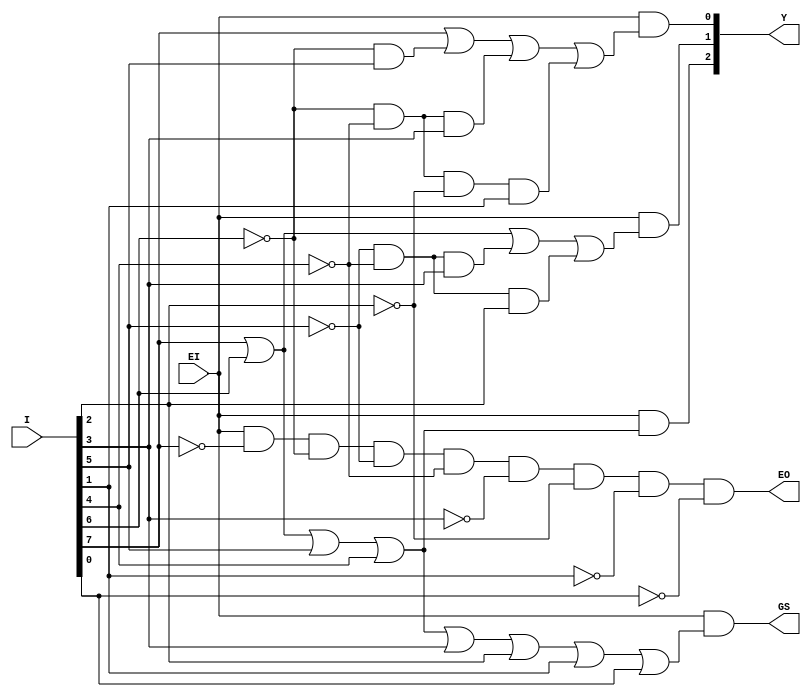
`timescale 1ns/1ns
module encoder_83(
   input      [7:0]       I   ,
   input                  EI  ,
   
   output wire [2:0]      Y   ,
   output wire            GS  ,
   output wire            EO    
);
assign Y[2] = EI & (I[7] | I[6] | I[5] | I[4]);
assign Y[1] = EI & (I[7] | I[6] | ~I[5]&~I[4]&I[3] | ~I[5]&~I[4]&I[2]);
assign Y[0] = EI & (I[7] | ~I[6]&I[5] | ~I[6]&~I[4]&I[3] | ~I[6]&~I[4]&~I[2]&I[1]);

assign EO = EI&~I[7]&~I[6]&~I[5]&~I[4]&~I[3]&~I[2]&~I[1]&~I[0];

assign GS = EI&(I[7] | I[6] | I[5] | I[4] | I[3] | I[2] | I[1] | I[0]);
//assign GS = EI&(| I);
         
endmodule

module encoder_164(
   input      [15:0]      A   ,
   input                  EI  ,
   
   output wire [3:0]      L   ,
   output wire            GS  ,
   output wire            EO    
);

   wire EO1;
   wire [2:0] L1, L2;
   wire GS1, GS2;
   encoder_83 inst1 (A[15:8], EI, L1[2:0],  GS1, EO1);
   encoder_83 inst2 (A[7:0], EO1, L2[2:0], GS2, EO);
   
   assign GS = GS1 || GS2; 

   assign L[3] = GS1;
   assign L[2] = L1[2] || L2[2];
   assign L[1] = L1[1] || L2[1];
   assign L[0] = L1[0] || L2[0];

    
    
endmodule